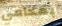
بمحامي